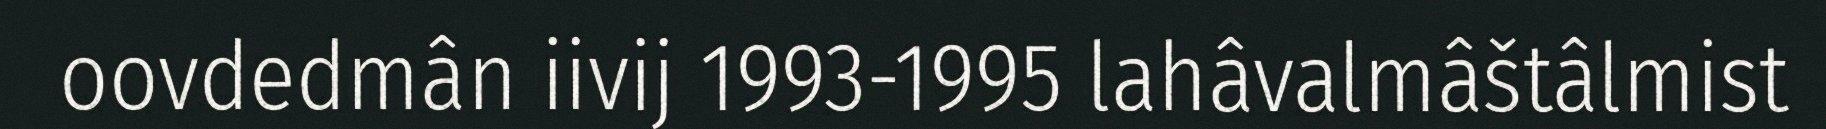
oovdedmân iivij 1993-1995 lahâvalmâštâlmist